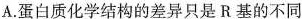
A.蛋白质化学结构的差异只是R基的不同